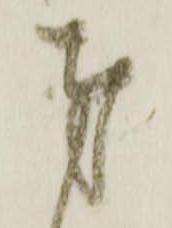
奉